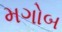
મગોબ